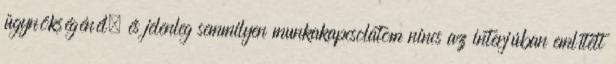
ügynökségénél, és jelenleg semmilyen munkakapcsolatom nincs az interjúban említett